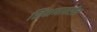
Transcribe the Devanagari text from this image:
शिक्षणावरील